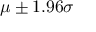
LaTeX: \mu \pm 1 . 9 6 \sigma